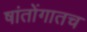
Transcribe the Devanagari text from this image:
षांतोंगातच